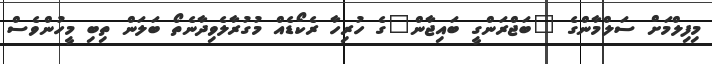
މިފިލްމަށް ސަލްމާންގެ "ބަޖްރަންގީ ބައިޖާން"ގެ ހުރިހާ ރެކޯޑެއް މުގުރާލެވިދާނެތޯ ބަލަން ތިބި މީހުންވެސް